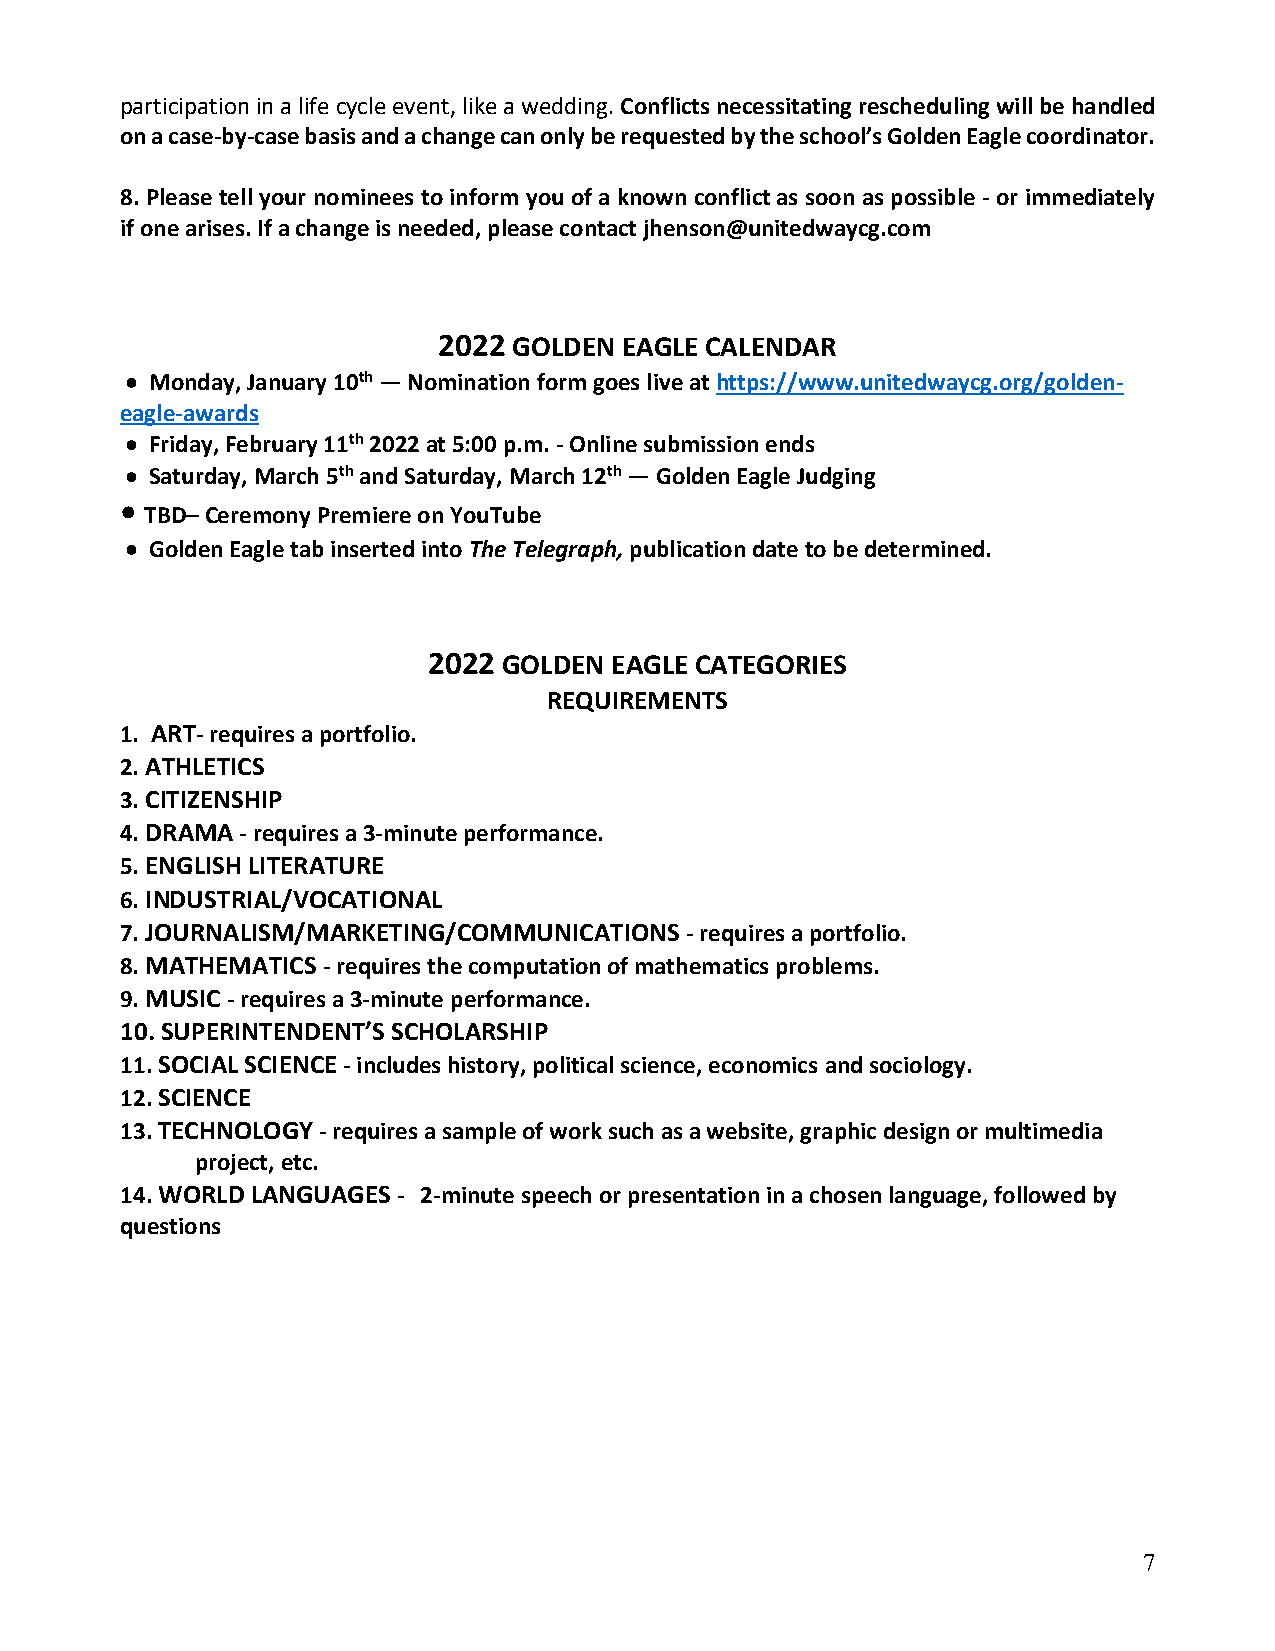
participation in a life cycle event, like a wedding. Conflicts necessitating rescheduling will be handled
 on a case-by-case basis and a change can only be requested by the school’s Golden Eagle coordinator.
 8. Please tell your nominees to inform you of a known conflict as soon as possible - or immediately
 if one arises. If a change is needed, please contact jhenson@unitedwaycg.com
 2022 GOLDEN EAGLE CALENDAR
 • Monday, January 10th — Nomination form goes live at https://www.unitedwaycg.org/golden-
 eagle-awards
 • Friday, February 11th 2022 at 5:00 p.m. - Online submission ends
 • Saturday, March 5th and Saturday, March 12th — Golden Eagle Judging
 • TBD– Ceremony Premiere on YouTube
 • Golden Eagle tab inserted into The Telegraph, publication date to be determined.
 2022 GOLDEN EAGLE CATEGORIES
 REQUIREMENTS
 1. ART- requires a portfolio.
 2. ATHLETICS
 3. CITIZENSHIP
 4. DRAMA - requires a 3-minute performance.
 5. ENGLISH LITERATURE
 6. INDUSTRIAL/VOCATIONAL
 7. JOURNALISM/MARKETING/COMMUNICATIONS - requires a portfolio.
 8. MATHEMATICS - requires the computation of mathematics problems.
 9. MUSIC - requires a 3-minute performance.
 10. SUPERINTENDENT’S SCHOLARSHIP
 11. SOCIAL SCIENCE - includes history, political science, economics and sociology.
 12. SCIENCE
 13. TECHNOLOGY - requires a sample of work such as a website, graphic design or multimedia
 project, etc.
 14. WORLD LANGUAGES - 2-minute speech or presentation in a chosen language, followed by
 questions
 7